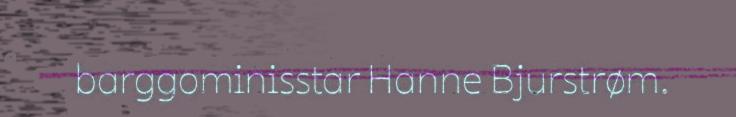
barggominisstar Hanne Bjurstrøm.